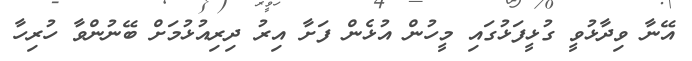
އޭނާ ވިިދާޅުވީ ގުޅީފަޅުގައި މީހުން އުޅެން ފަށާ އިރު ދިރިއުޅުމަށް ބޭނުންވާ ހުރިހާ